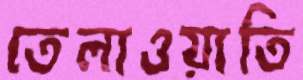
তেলাওয়াতি